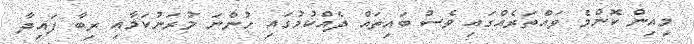
މިއިން ކޮންމެ ވައްތަރެއްގައި ވެސް ބައިތައް ދެއްކުމުގައި ހުންނަ މުރަނުކަމާއި ރިބާ ފައިދާ